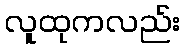
လူထုကလည်း